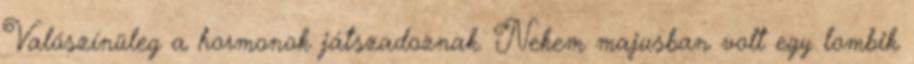
Valószínüleg a hormonok játszadoznak. Nekem majusban volt egy lombik